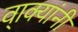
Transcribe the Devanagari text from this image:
वा्क्यांनी